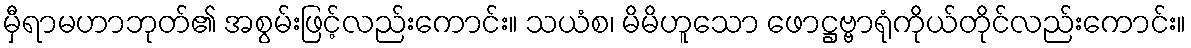
မှီရာမဟာဘုတ်၏ အစွမ်းဖြင့်လည်းကောင်း။ သယံစ၊ မိမိဟူသော ဖောဋ္ဌဗ္ဗာရုံကိုယ်တိုင်လည်းကောင်း။